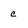
Character: c